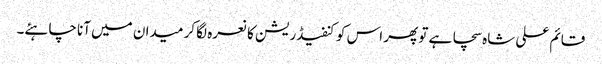
قائم علی شاہ سچا ہے تو پھر اس کو کنفیڈریشن کا نعرہ لگا کر میدان میں آنا چاہئے۔